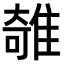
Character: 𨿫